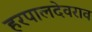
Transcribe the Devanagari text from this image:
हरपालदेवराव